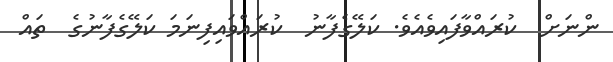
ންނަށް  ކުރައްވާފައިވެއެވެ. ކަލޭގެފާނު  ކުރައްވައިފިނަމަ ކަލޭގެފާނުގެ  ތައް